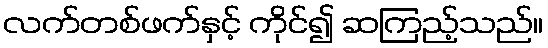
လက်တစ်ဖက်နှင့် ကိုင်၍ ဆကြည့်သည်။